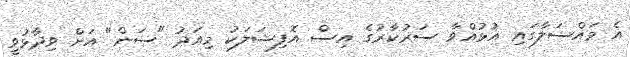
އެ މައްސަލާގައި އުޅުއްވާ ސަރުކާރުގެ އިސް އޮފިޝަލަކު މިއަދު "ސަން" އަށް ވިދާޅުވީ